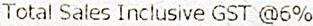
TOTAL SALES INCLUSIVE GST @6%